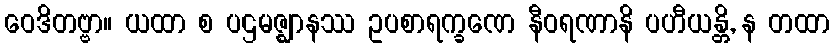
ဝေဒိတဗ္ဗာ။ ယထာ စ ပဌမဇ္ဈာနဿ ဥပစာရက္ခဏေ နီဝရဏာနိ ပဟီယန္တိ, န တထာ